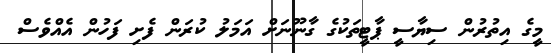
މީގެ އިތުރުން ސިޔާސީ ޕާޓީތަކުގެ ގާނޫނަށް އަމަލު ކުރަން ފެށި ފަހުން އެއްވެސް